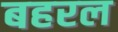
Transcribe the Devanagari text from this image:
बहरल